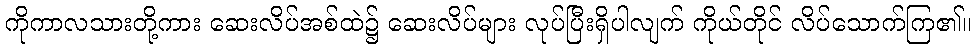
ကိုကာလသားတို့ကား ဆေးလိပ်အစ်ထဲ၌ ဆေးလိပ်များ လုပ်ပြီးရှိပါလျက် ကိုယ်တိုင် လိပ်သောက်ကြ၏။